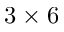
3 \times 6